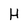
Character: H